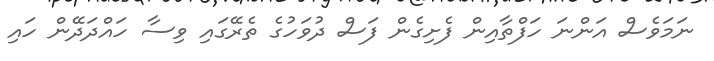
ނަމަވެސް އަންނަ ހަފްތާއިން ފެށިގެން ފަސް ދުވަހުގެ ތެރޭގައި ވިސާ ހައްދަދޭން ހައި